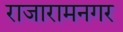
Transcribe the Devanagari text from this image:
राजारामनगर